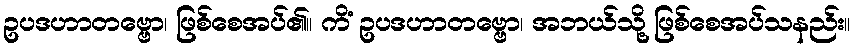
ဥပဒဟာတဗ္ဗော၊ ဖြစ်စေအပ်၏။ ကိံ ဥပဒဟာတဗ္ဗော၊ အဘယ်သို့ ဖြစ်စေအပ်သနည်း။